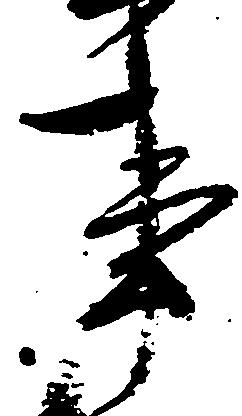
事